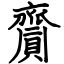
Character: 齎